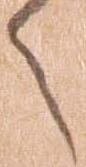
々